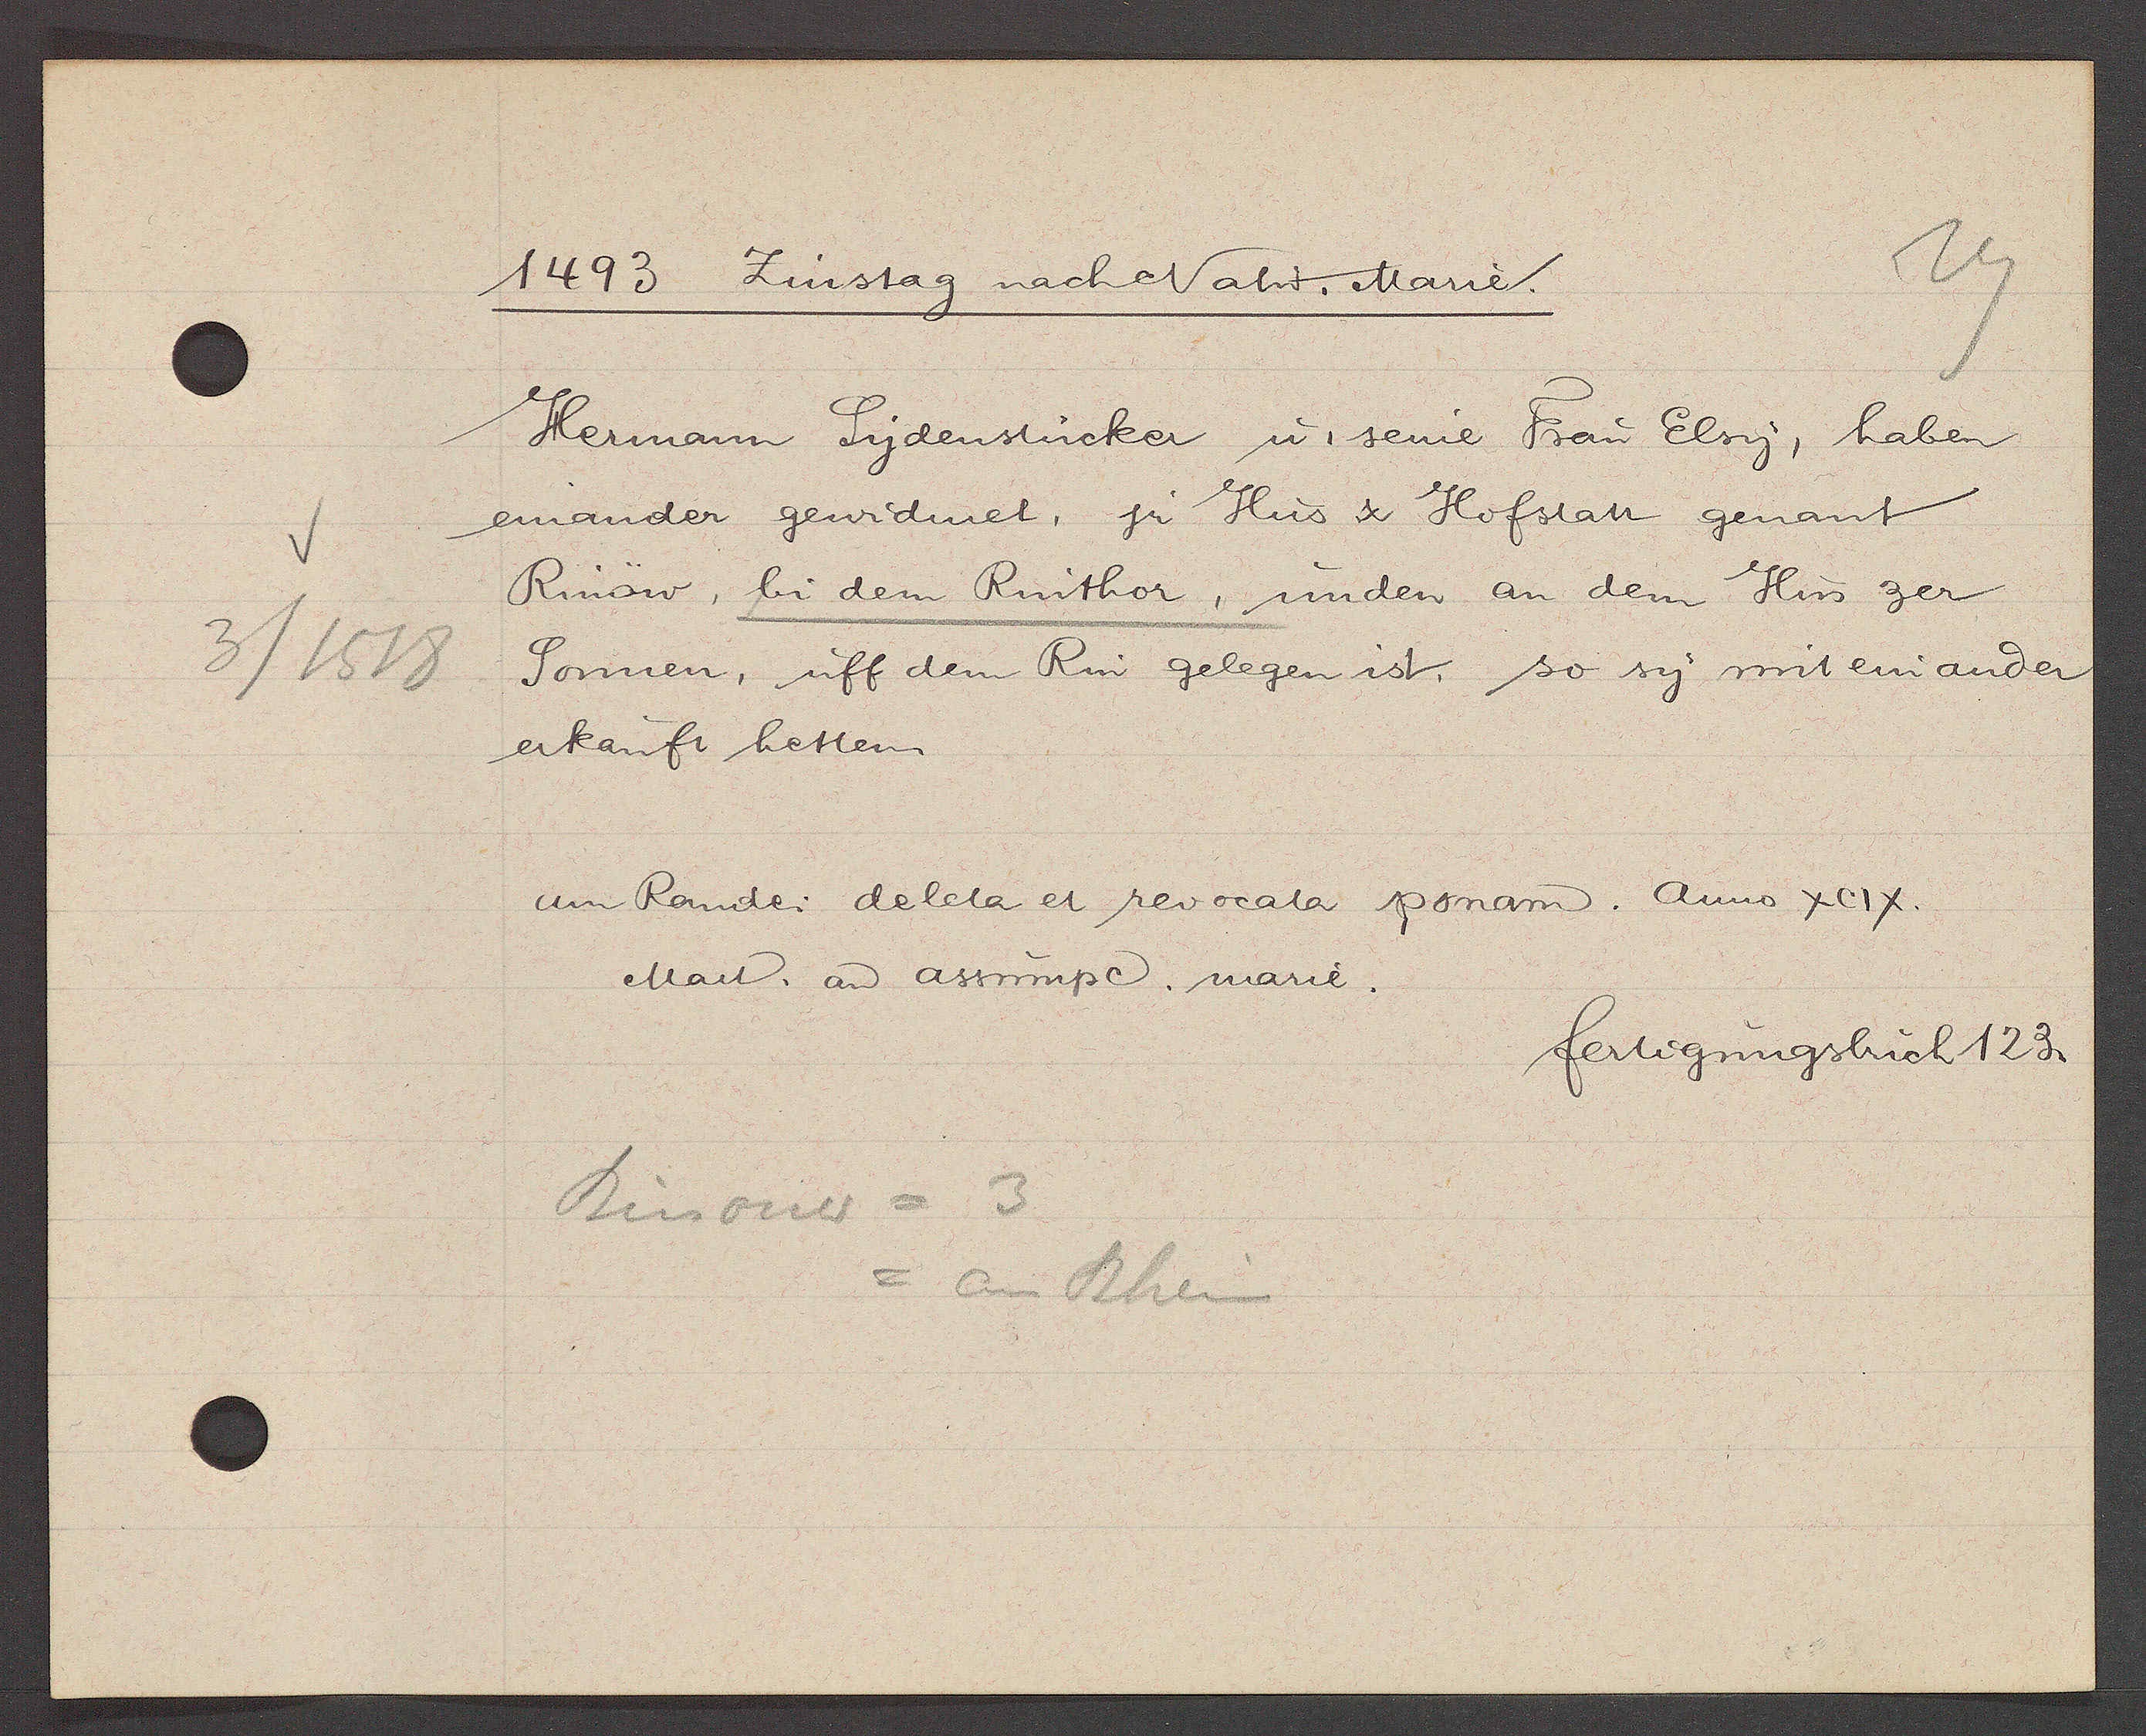
Transcript:
3/1518

1493 Zinstag nachNativ. Marie
Herman Syndensticker u. seine Frau Elsy, haben
einander gewidmet ir Hus & Hofstatt genant
Rinow bi dem Rinthor, unden an dem Hus zer
Sonnen , uff dem Rin gelegen ist, so sy mit ein ander
erkauft hetten.
am Rande: deleta et revocata ponam. Anno XCIX.
Marȶ. aȵ assumpe marie.
fertigungsbuch 123.
Rinouer = 3
= am Rhein